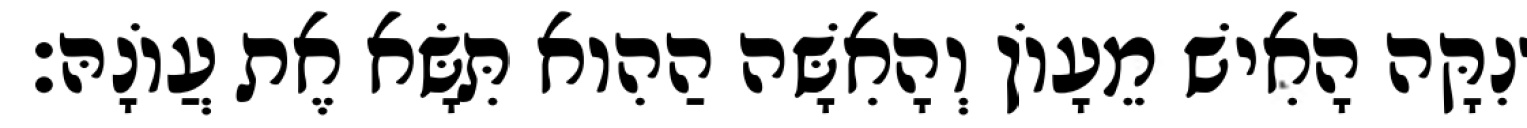
וְנִקָּה הָאִישׁ מֵעָוֹן וְהָאִשָּׁה הַהִוא תִּשָּׂא אֶת עֲוֹנָהּ׃